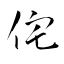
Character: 侘